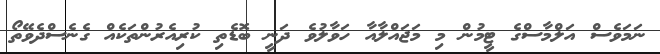
ނަމަވެސް އަލްމާސްގެ ޓީމުން މި މަޖައްލާއާ ހަވާލުވެ ދަނީ ބޮޑެތި ކުރިއެރުންތަކެއް ގެނެސްދެވޭތޯ